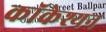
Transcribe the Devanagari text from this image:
कॉकेश्यन